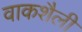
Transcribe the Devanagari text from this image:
वाकशैली